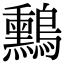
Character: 𪇑